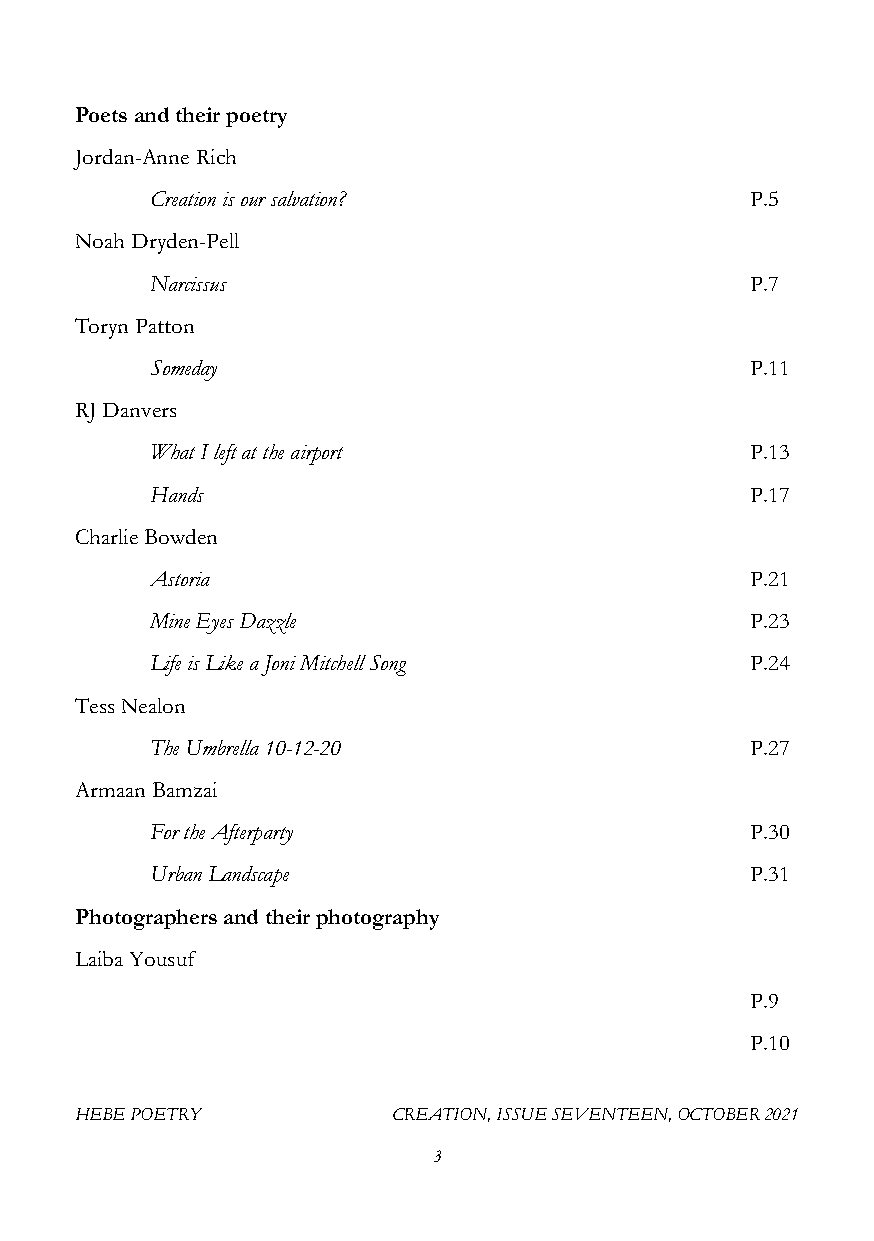
Poets and their poetry
 Jordan-Anne Rich
 Creation is our salvation?              P.5
 Noah Dryden-Pell
 Narcissus                               P.7
 Toryn Patton
 Someday                                 P.11
 RJ Danvers
 What I left at the airport              P.13
 Hands                                   P.17
 Charlie Bowden
 Astoria                                 P.21
 Mine Eyes Dazzle                        P.23
 Life is Like a Joni Mitchell Song       P.24
 Tess Nealon
 The Umbrella 10-12-20                   P.27
 Armaan Bamzai
 For the Afterparty                      P.30
 Urban Landscape                         P.31
 Photographers and their photography
 Laiba Yousuf
 P.9
 P.10
 HEBE POETRY          CREATION, ISSUE SEVENTEEN, OCTOBER 2021
 3